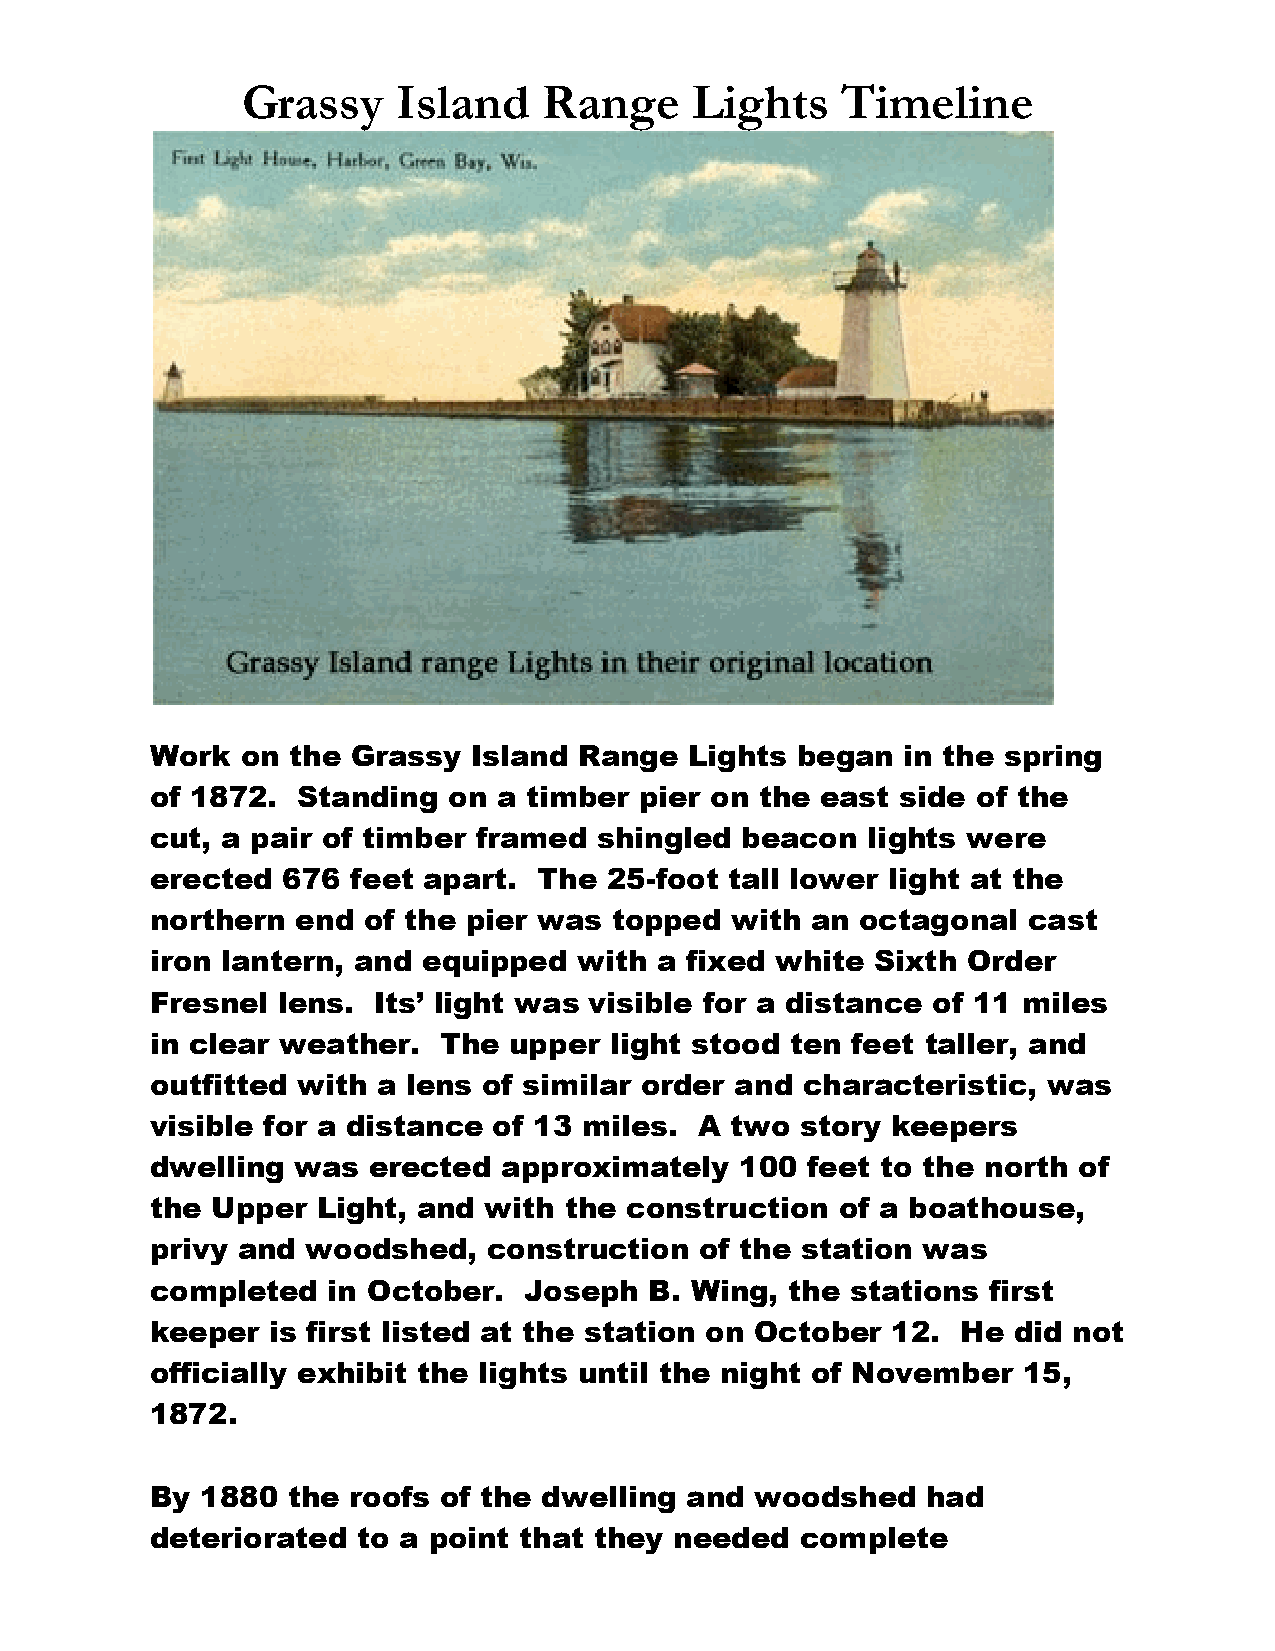
Grassy    Island    Range     Lights    Timeline
 Work  on the Grassy  Island Range   Lights began  in the spring
 of 1872.  Standing  on a timber pier on the east  side of the
 cut, a pair of timber framed  shingled beacon  lights were
 erected  676 feet apart.  The 25-foot tall lower light at the
 northern  end of the pier was  topped with  an octagonal  cast
 iron lantern, and equipped  with  a fixed white Sixth Order
 Fresnel lens.  Its’ light was visible for a distance of 11 miles
 in clear weather.  The  upper light stood ten feet taller, and
 outfitted with a lens of similar order and characteristic, was
 visible for a distance of 13 miles. A two  story keepers
 dwelling was  erected  approximately   100 feet to the north of
 the Upper  Light, and with the construction   of a boathouse,
 privy and woodshed,   construction  of the station was
 completed   in October.  Joseph  B. Wing, the stations first
 keeper  is first listed at the station on October 12. He did not
 officially exhibit the lights until the night of November 15,
 1872.
 By 1880  the roofs of the dwelling and  woodshed   had
 deteriorated  to a point that they needed  complete